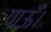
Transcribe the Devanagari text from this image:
पाऊँ।